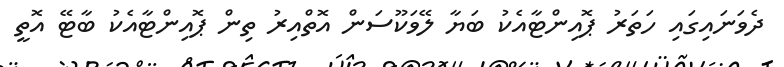
ދެވަނައިގައި ހަތަރު ޕޮއިންޓާއެކު ބަޔާ ލޭވަކޫސަން އޮތްއިރު ތިން ޕޮއިންޓާއެކު ބާޓޭ އޮތީ